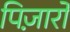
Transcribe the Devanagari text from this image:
पिज़ार्रो